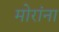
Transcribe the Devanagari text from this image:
मोरांना